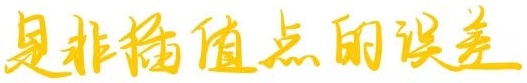
是非插值点的误差